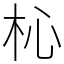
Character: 杺